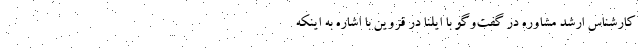
کارشناس ارشد مشاوره در گفت‌وگو با ایلنا در قزوین با اشاره به اینکه